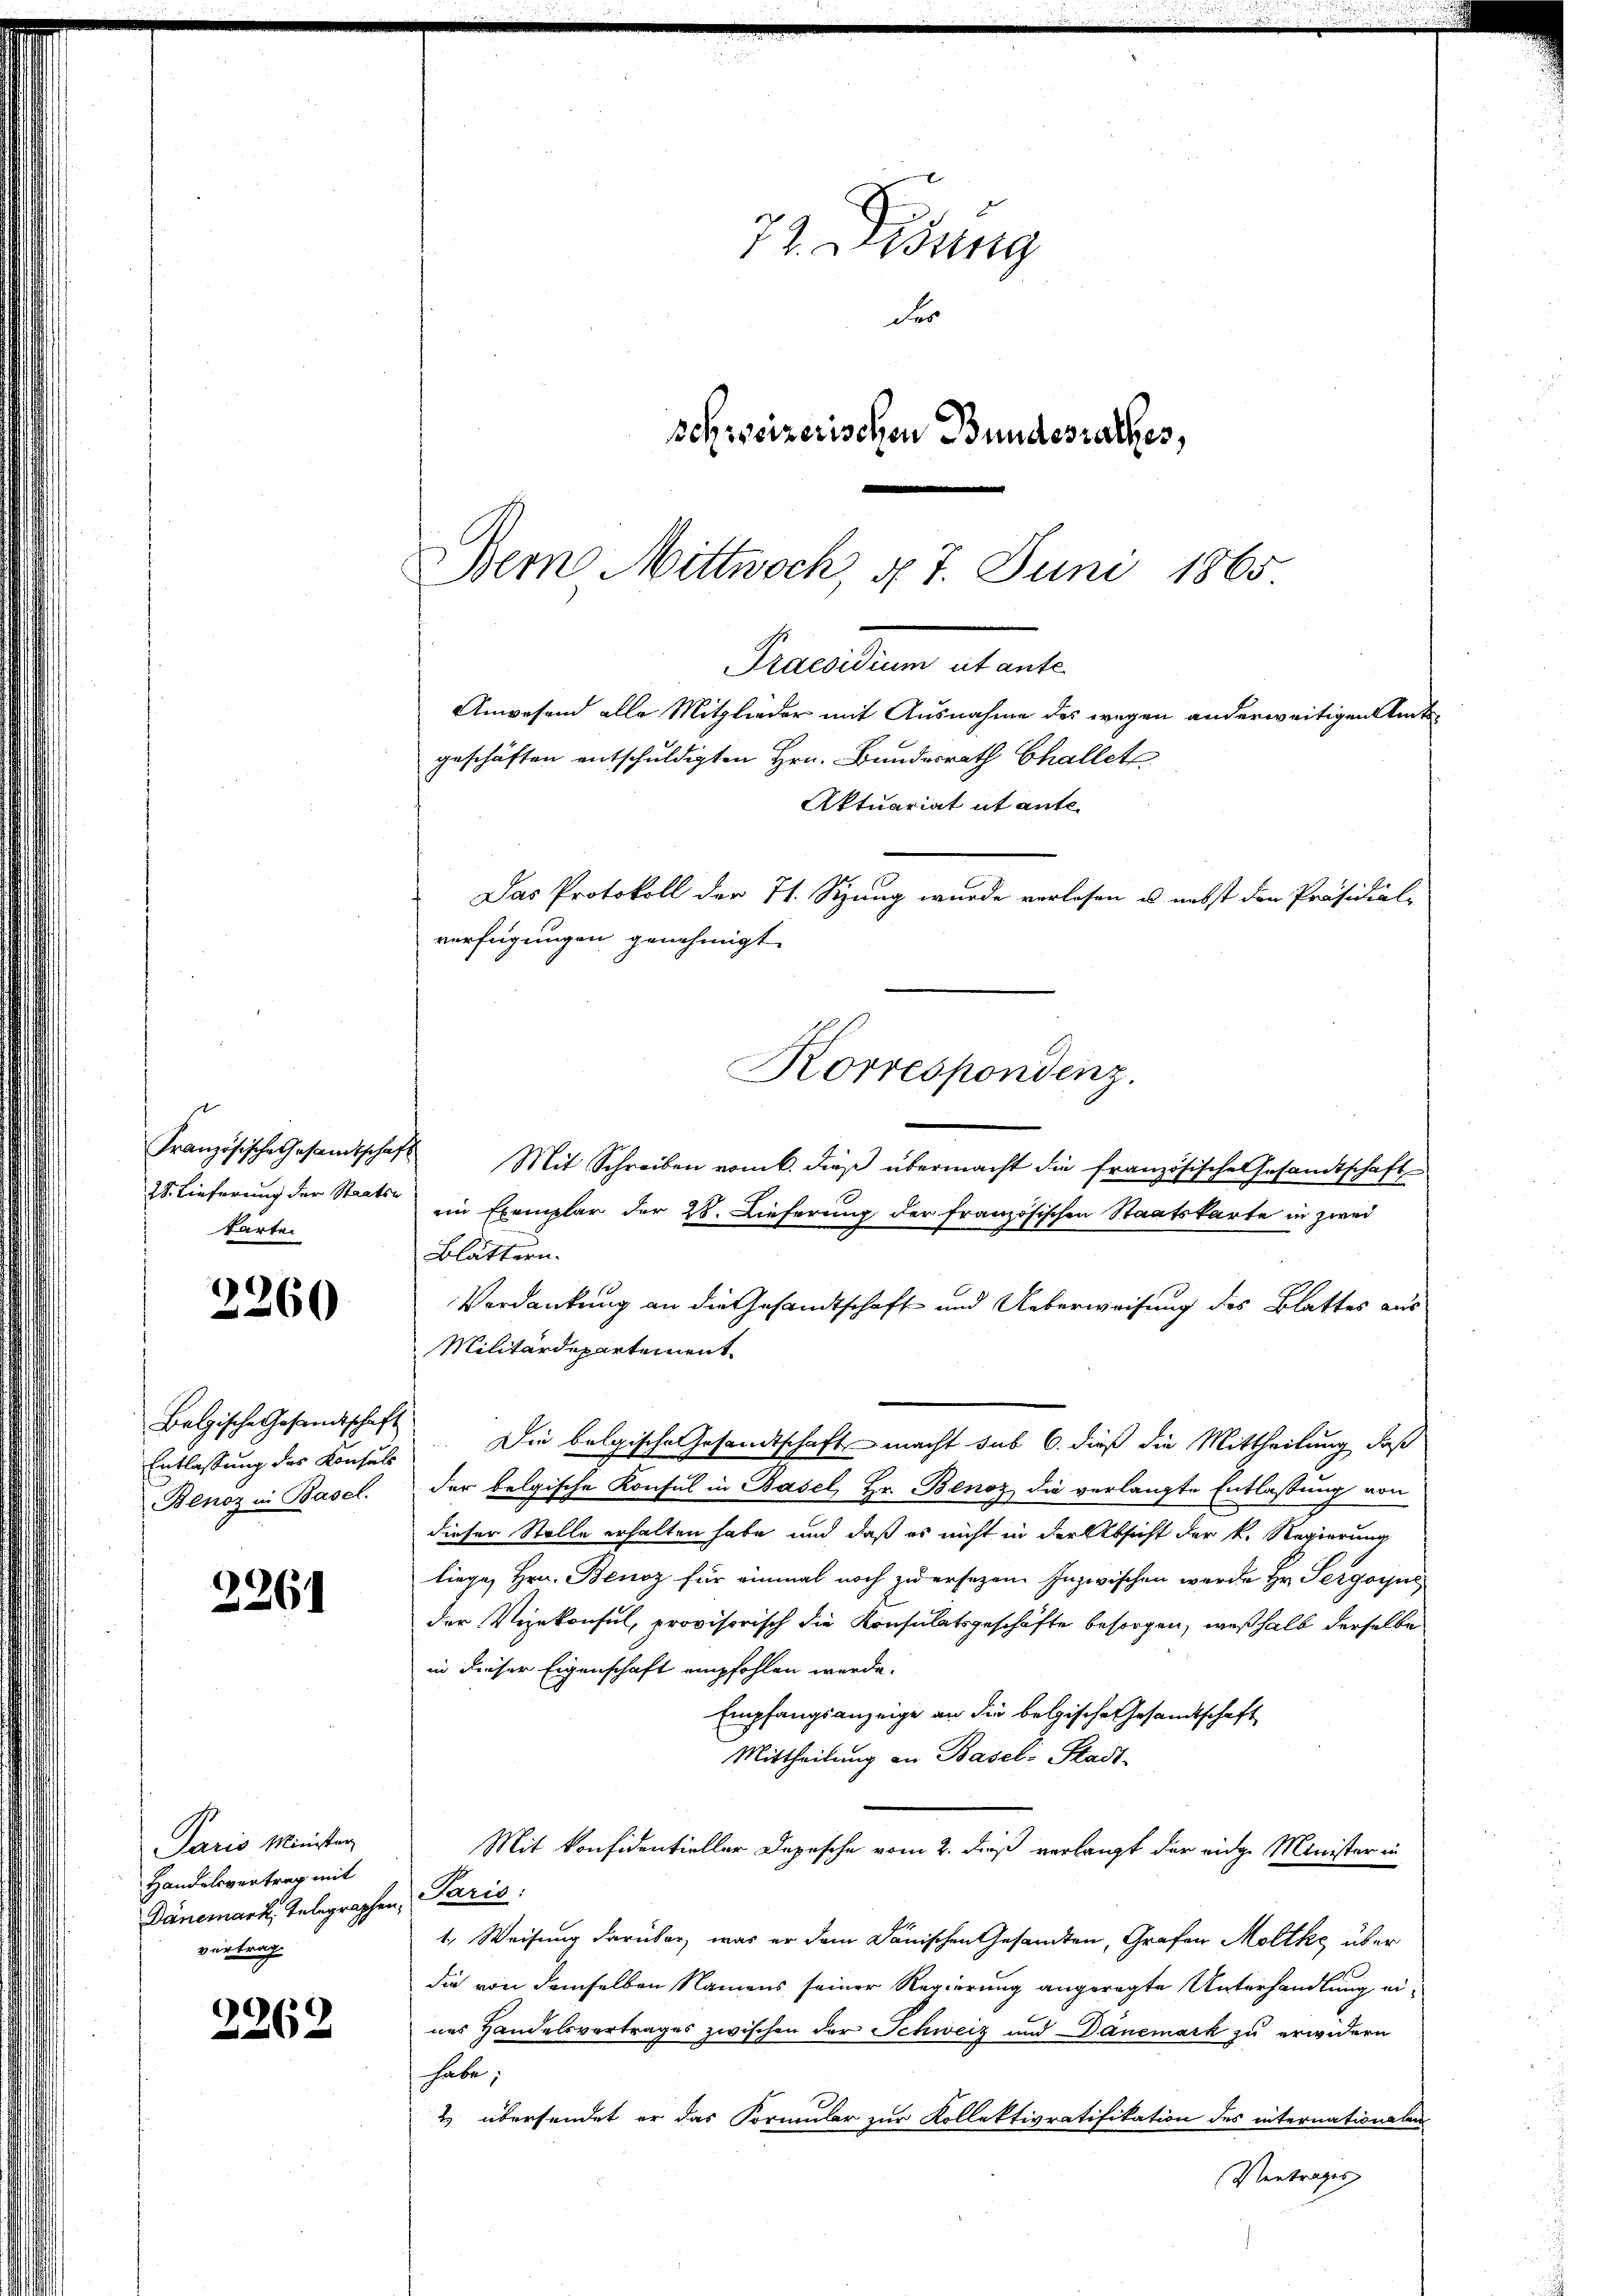
s
28. Lieferung der Staatsa
tarter

2260

Belgische Gesandtschaft
Entlassung des Konsuls
Benoz in Basel.

2261

Paris Minister
Handelsvertrag mit
Dänemark, Telegraphen
vertrag

2262

72. Didung
der
schweizerischen Bundesrathes,

Dein Mittwoch, d. 7. Juni 1865
Prenten alente
Anwesend alle Mitglieder mit Ausnahme des wegen anderweitigen Amtsgeschäften entschuldigten Hrn. Bundesrath Challet
Aktuariat et auf
Das Protokoll der 71. Sizung wurde verlesen u. nebst den Präsidial-
verfügungen genehmigt.
Korrespondenz.

Französische Gesamtschaft Mit Schreiben vom 6. dieβ übermacht die französische Gesandtschaft
ein Exemplar der 28. Dieferung der französischen Staatskarte in zwei
Blättern.
Verdankung an die Gesandtschaft und Ueberweisung des Blattes aus
Militärdepartement
Die belgische Gesandtschaft macht sub 6. dieß die Mittheilung, daß
der belgische Konsul in Basel, Hr. Benoz die verlangte Entlassung von
dieser Stelle erhalten habe und daß es nicht in der Absicht der k. Regierung
liege, Hrn. Benoz für einmal noch zu ersezen. Inzwischen werde Hr. Pergoyns
der Vizekonsul, provisorisch die Konsulatsgeschäfte besorgen, weßhalb derselbe
in dieser Eigenschaft empfohlen werde.
Empfangsanzeige an die belgische Gesandtschaft
Mittheilung an Basel Stadt-
Mit konfidentieller Depesche vom 2. dieß verlangt der eidge Minister in
Paris:
1. Weisung darüber, was er dem Dänischen Gesandten, Grafen Moltke über
die von demselben Namens seiner Regierung angeregte Unterhandlung eines Handelsvertrages zwischen der Schweiz und Danemark zu erwidern
habe,
& übersendet er das Formular zur Kollektivratifikation des internationalen
Vertrages